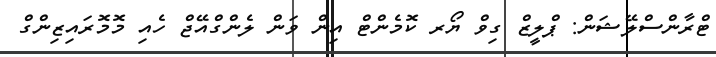
ޓްރާންސްލޭޝަން: ޕްލީޒް ގިވް ޔޯރ ކޮމެންޓް އިން ވަން ލެންގްއޭޖް ހެއި މޮމޮރައިޒިންގް